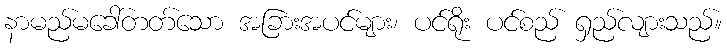
နာမည်မခေါ်တတ်သော အခြားအပင်များ၊ ပင်ရိုး ပင်စည် ရှည်လျားသည်။